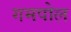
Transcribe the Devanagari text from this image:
गमपोल